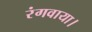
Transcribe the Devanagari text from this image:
रंगवाया।